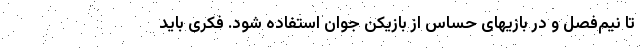
تا نیم‌فصل و در بازیهای حساس از بازیکن جوان استفاده شود. فکری باید